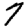
Digit: 7